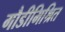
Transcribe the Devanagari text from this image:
गौडीमिश्रित